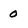
Character: 0